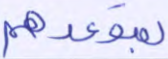
بمقعدهم